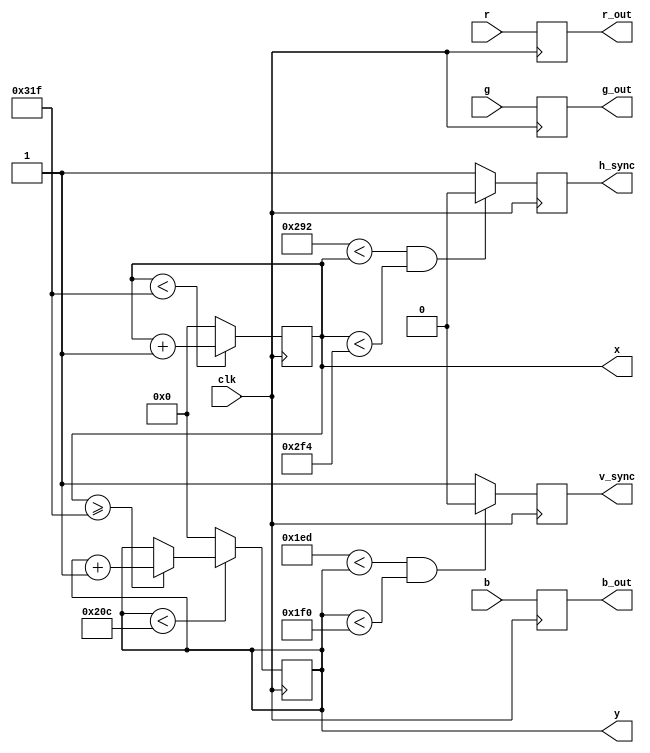

module vga_ctrl(input clk, r,g,b, output reg v_sync,h_sync,r_out,g_out,b_out, output reg [9:0] x,y);
//module vga_ctrl(input clk, output reg v_sync,h_sync, r_out,g_out,b_out);

		//reg [9:0] x,y;
		//wire r,g,b;
		
		// POSSIBLE ERROR
		
		//assign r = (x <= 319 && y <= 239) || (x > 319 && y >239) ;
		//assign g = (x > 319);
		//assign b = (y > 239);
		
		//assign addr = 120*(x % 240) + (y % 180);
		
		always @(posedge clk) begin
		  if (x < 799) x <= x+1; else x <=0;
			//x <= x >= 799 ? 0 : x + 1;
			if (y < 524)begin if (x >= 799) y<=y+1; else y <= y; end else y <= 0;
			//y <= y >= 524 ? 0 : x >= 799 ? y + 1 : y;
			h_sync <= (658 < x && x < 756) ? 0 : 1;
			v_sync <= (493 < y && y < 496) ? 0 : 1;
			r_out <= r;
			g_out <= g;
			b_out <= b;
			//r_out <= (x >= 401 || x < 240 || y >= 301 || y < 180) ? 0 : r;
			//g_out <= (x >= 401 || x < 240 || y >= 301 || y < 180) ? 0 : g;
			//b_out <= (x >= 401 || x < 240 || y >= 301 || y < 180) ? 0 : b;
		end
	
endmodule